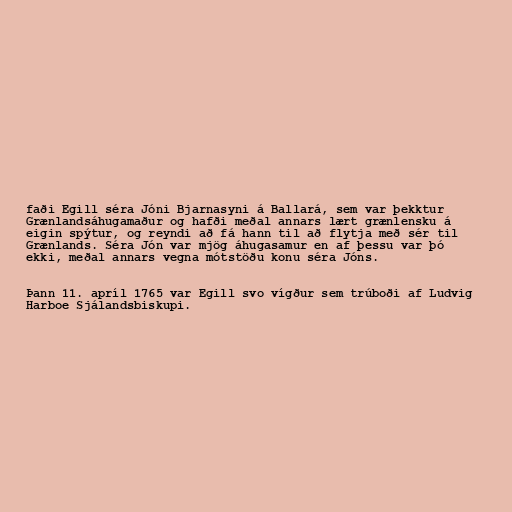
faði Egill séra Jóni Bjarnasyni á Ballará, sem var þekktur
Grænlandsáhugamaður og hafði meðal annars lært grænlensku á
eigin spýtur, og reyndi að fá hann til að flytja með sér til
Grænlands. Séra Jón var mjög áhugasamur en af þessu var þó
ekki, meðal annars vegna mótstöðu konu séra Jóns.

Þann 11. apríl 1765 var Egill svo vígður sem trúboði af Ludvig
Harboe Sjálandsbiskupi.